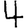
Digit: 4